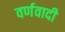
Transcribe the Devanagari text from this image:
वर्णवादी